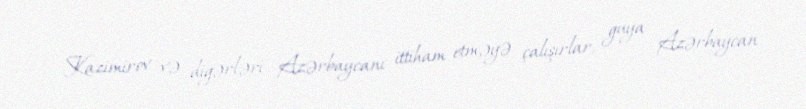
Kazimirov və digərləri Azərbaycanı ittiham etməyə çalışırlar, guya Azərbaycan